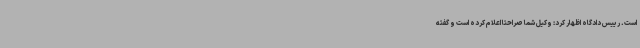
است. رییس دادگاه اظهار کرد: وکیل شما صراحتا اعلام کرده است و گفته